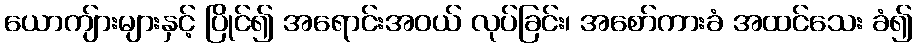
ယောကျ်ားများနှင့် ပြိုင်၍ အရောင်းအဝယ် လုပ်ခြင်း၊ အစော်ကားခံ အထင်သေး ခံ၍